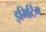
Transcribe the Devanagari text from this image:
इमिटिंग